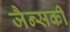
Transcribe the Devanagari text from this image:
जैन्सकी